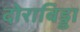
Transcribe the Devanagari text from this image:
दोराबिड्डा